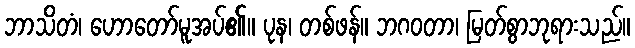
ဘာသိတံ၊ ဟောတော်မူအပ်၏။ ပုန၊ တစ်ဖန်။ ဘဂဝတာ၊ မြတ်စွာဘုရားသည်။